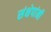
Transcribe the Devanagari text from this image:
संक्षेपांनी